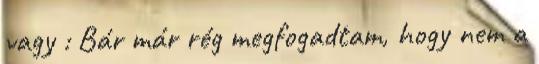
vagy : Bár már rég megfogadtam, hogy nem a